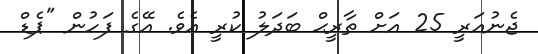
ޖެނުއަރީ 25 އަށް ތާރީޙް ބަދަލު ކުރީ އެވެ. އޭގެ ފަހުން "ޕެޑް